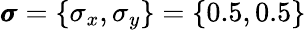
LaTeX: \pmb{\sigma}=\{ \sigma_{x},\sigma_{y}\} =\{ 0.5,0.5\}